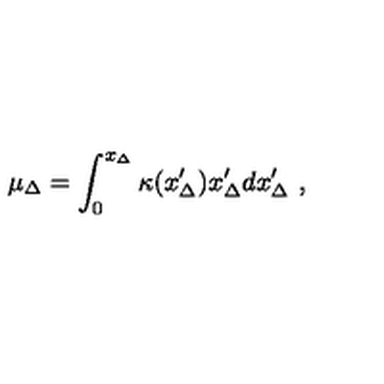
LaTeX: \mu _ { \Delta } = \int _ { 0 } ^ { x _ { \Delta } } \kappa ( x _ { \Delta } ^ { \prime } ) x _ { \Delta } ^ { \prime } d x _ { \Delta } ^ { \prime } \ ,